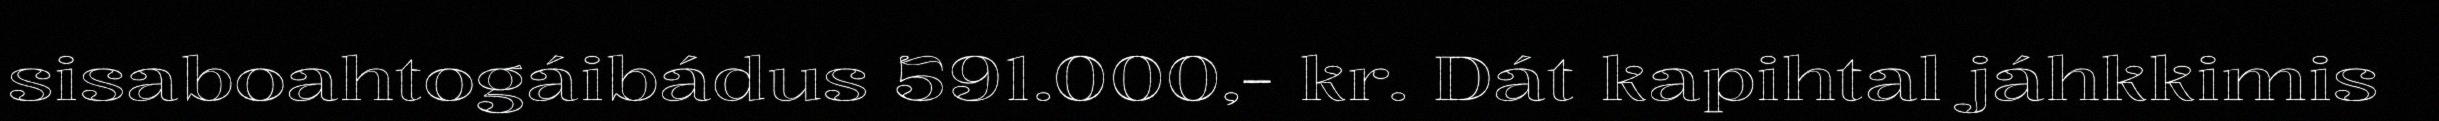
sisaboahtogáibádus 591.000,- kr. Dát kapihtal jáhkkimis